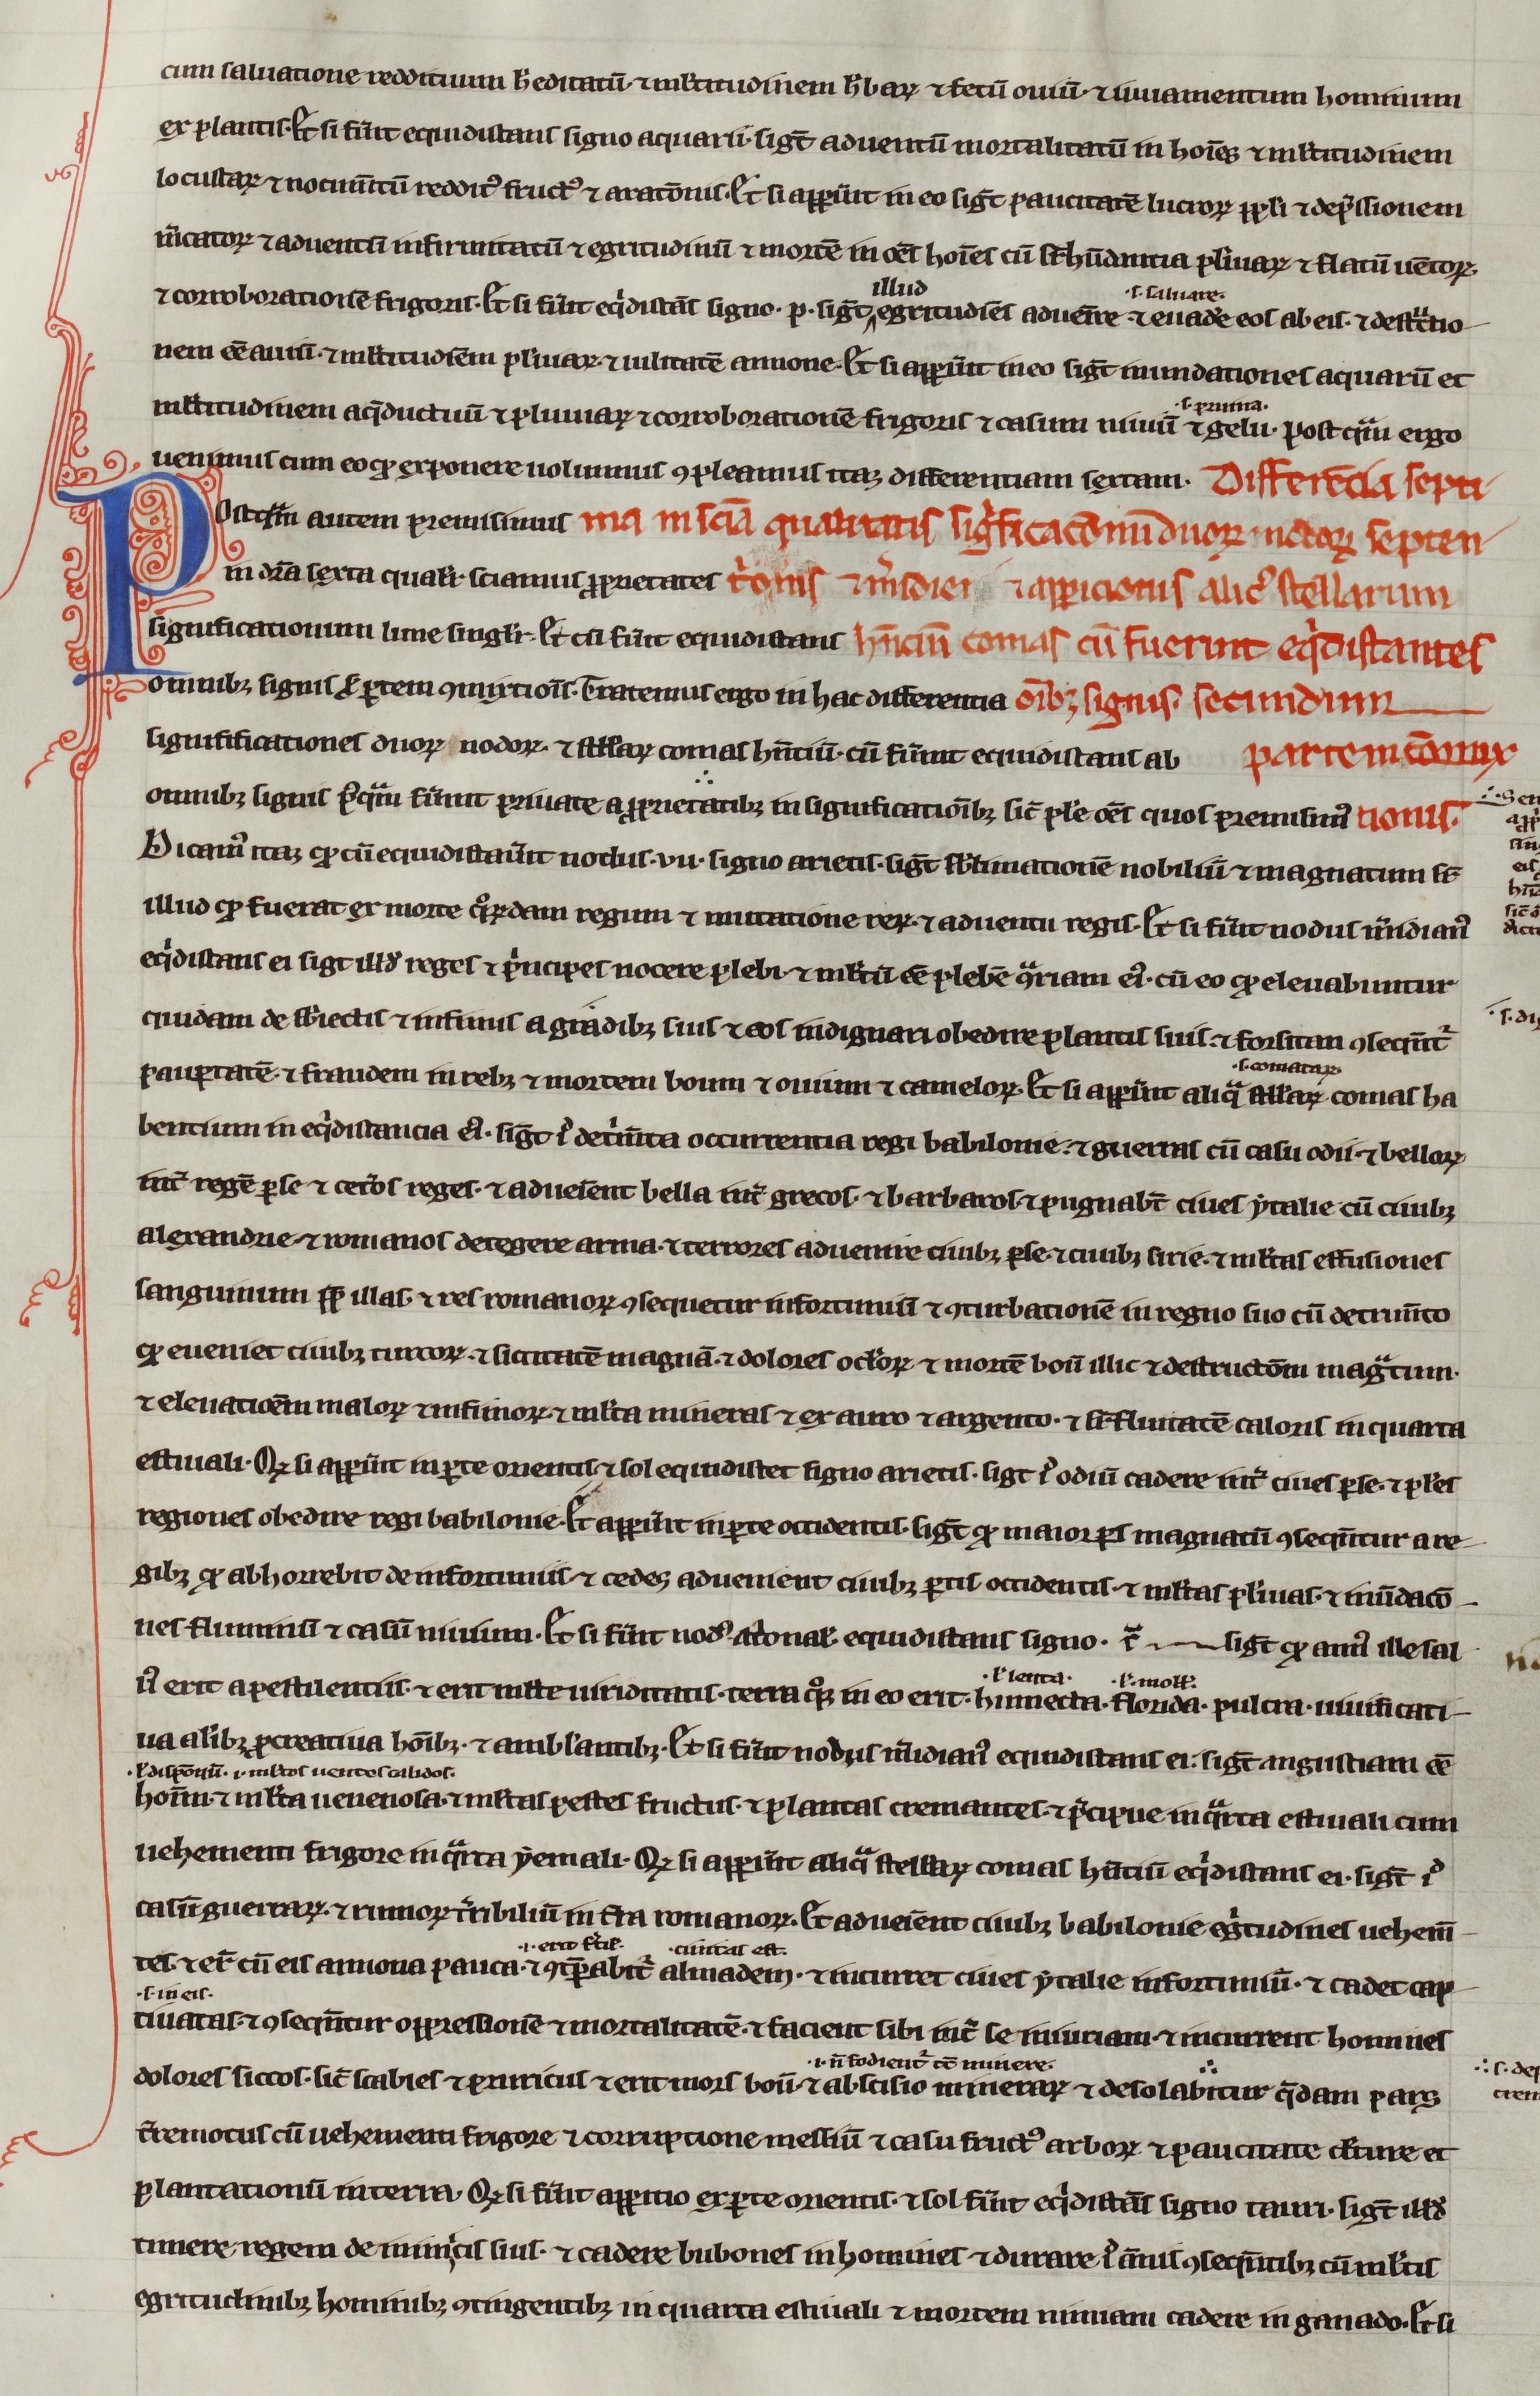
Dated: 1200–1299